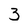
Character: 3